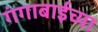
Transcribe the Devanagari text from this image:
गंगाबाईच्या